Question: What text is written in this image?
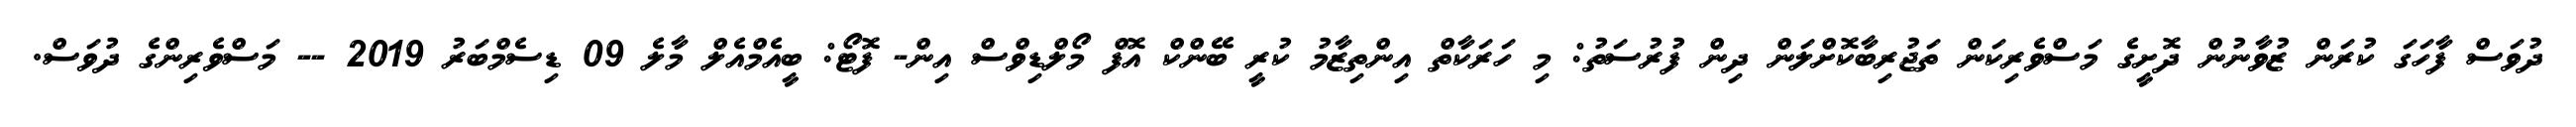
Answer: ދުވަސް ފާހަގަ ކުރަން ޒުވާނުން ދޮށީގެ މަސްވެރިކަން ތަޖުރިބާކޮށްލަން ދިން ފުރުސަތު: މި ހަރަކާތް އިންތިޒާމު ކުރީ ބޭންކް އޮފް މޯލްޑިވްސް އިން- ފޮޓޯ: ބީއެމްއެލް މާލެ 09 ޑިސެމްބަރު 2019 -- މަސްވެރިންގެ ދުވަސް.